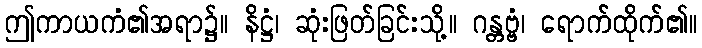
ဤကာယကံ၏အရာ၌။ နိဋ္ဌံ၊ ဆုံးဖြတ်ခြင်းသို့။ ဂန္တဗ္ဗံ၊ ရောက်ထိုက်၏။